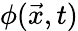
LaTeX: \phi(\vec{x},t)